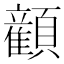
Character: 𬱏